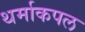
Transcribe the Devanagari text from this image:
थर्माकपल